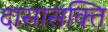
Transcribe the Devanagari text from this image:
दासासक्ति